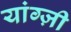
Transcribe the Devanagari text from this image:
यांग्ज़ी